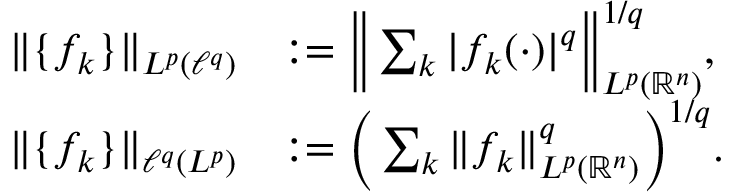
\begin{array} { r l } { \| \{ f _ { k } \} \| _ { L ^ { p } ( \ell ^ { q } ) } } & { : = \Big \| \sum _ { k } | f _ { k } ( \cdot ) | ^ { q } \Big \| _ { L ^ { p } ( \mathbb { R } ^ { n } ) } ^ { 1 / q } , } \\ { \| \{ f _ { k } \} \| _ { \ell ^ { q } ( L ^ { p } ) } } & { : = \Big ( \sum _ { k } \| f _ { k } \| _ { L ^ { p } ( \mathbb { R } ^ { n } ) } ^ { q } \Big ) ^ { 1 / q } . } \end{array}